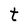
Character: t